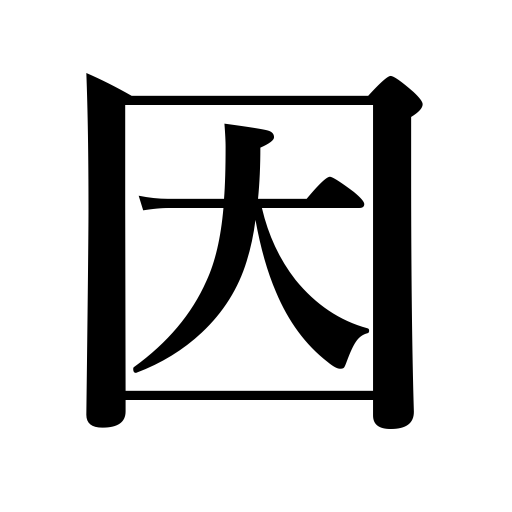
Meanings: factor,depend on,be limited to,cause